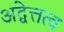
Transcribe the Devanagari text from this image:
अद्वेत्तत्व